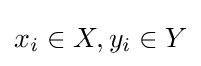
x_{i}\in X,y_{i}\in Y